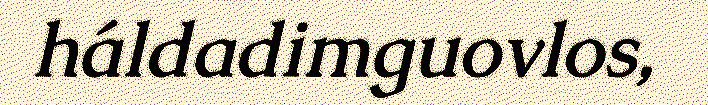
háldadimguovlos,